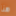
هنا